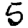
Digit: 5